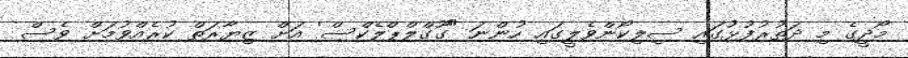
މޯދީގެ މި ދަތުރުފުޅުގައި ސިލިކޯންވެލީގައި ހުންނަ "ގޫގްލްޕްލެކްސް' އަށް ޒިޔާރަތް ކުރެއްވުމަށް ވެސް